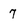
Character: 7